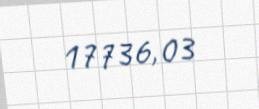
17736,03